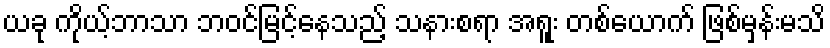
ယခု ကိုယ့်ဘာသာ ဘဝင်မြင့်နေသည့် သနားစရာ အရူး တစ်ယောက် ဖြစ်မှန်းမသိ